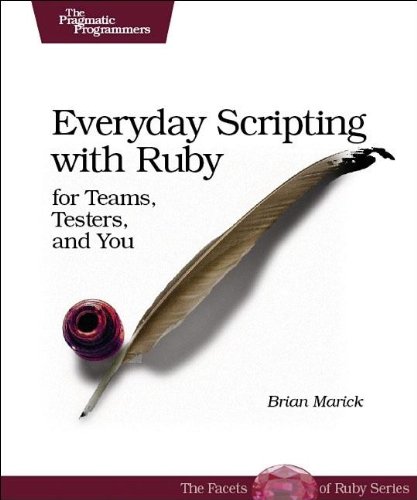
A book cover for Everyday Scripting with Ruby: For Teams, Testers, and You; Brian Marick; Reference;